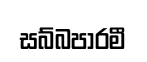
සබ්බපාරමී